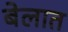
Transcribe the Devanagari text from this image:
बेलात